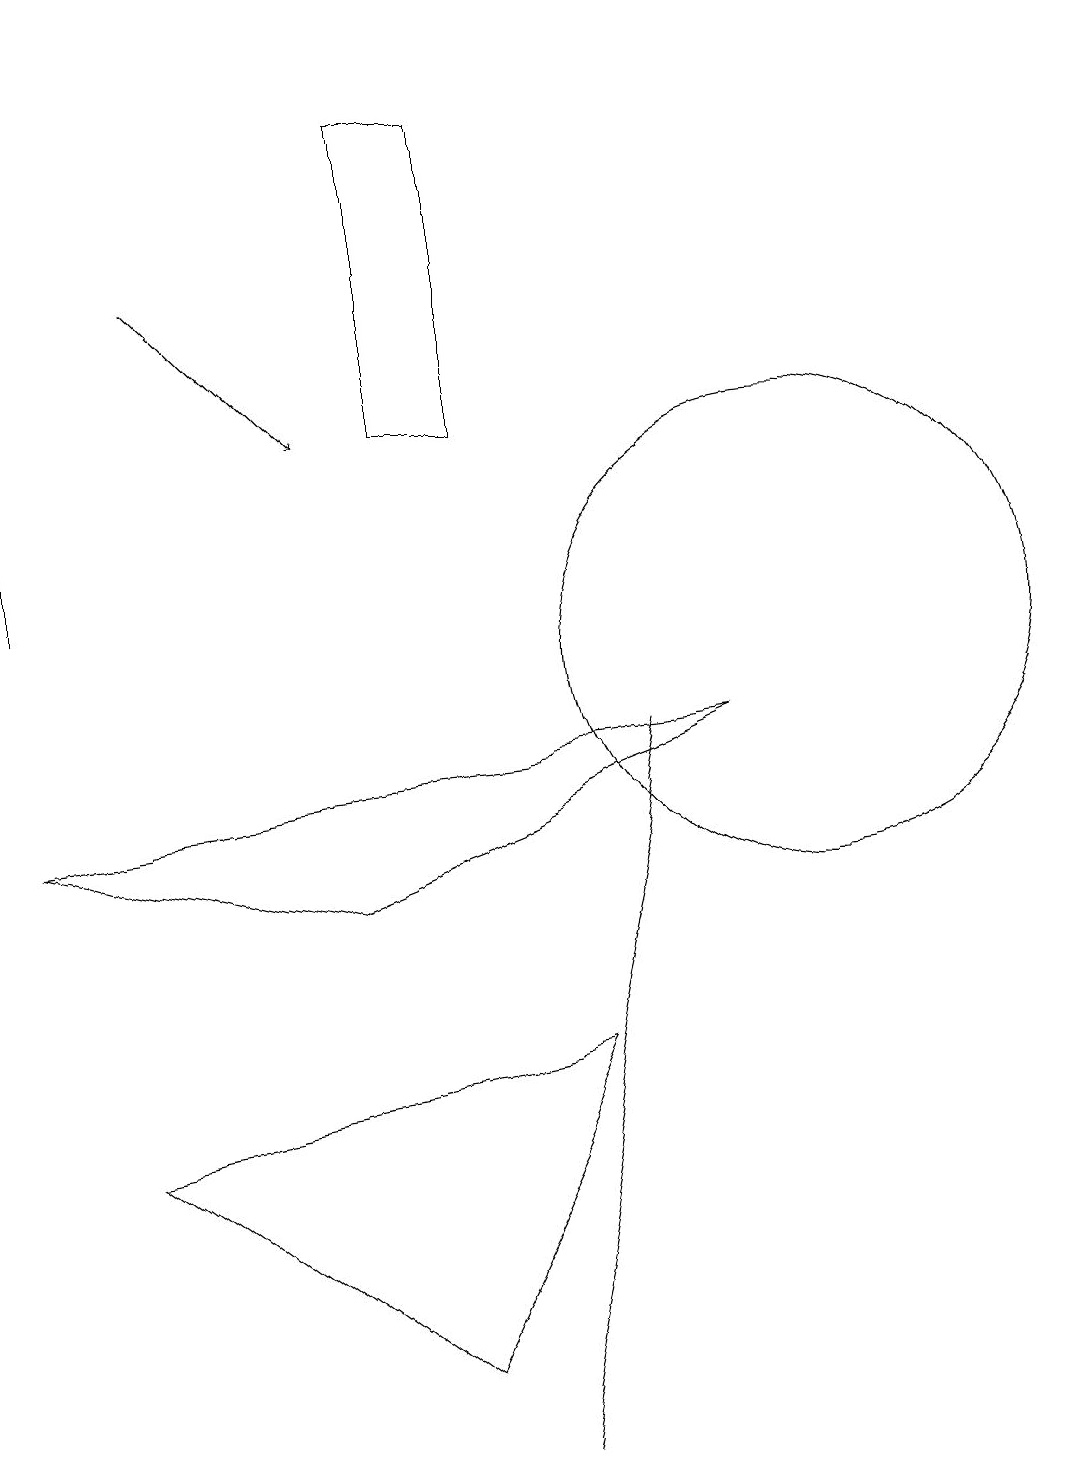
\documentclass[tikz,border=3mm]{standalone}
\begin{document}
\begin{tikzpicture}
\draw (5,1) -- (1,4) -- (7,5) -- cycle;
\draw[->] (2,15) -- (4,13);
\draw (4,7) -- (0,8) -- (9,9) -- cycle;
\draw (10,10) circle (3);
\draw (8,9) -- (6,0) -- (6,0) -- cycle;
\draw[->] (0,11) -- (0,18);
\draw (5,13) rectangle (6,17);
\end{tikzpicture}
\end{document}